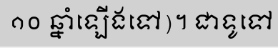
១០ ឆ្នាំឡើងទៅ)។ ជាទូទៅ